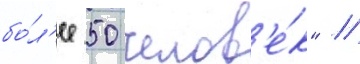
бо́л'ее 50 челов'е́к" //